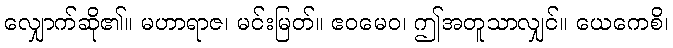
လျှောက်ဆို၏။ မဟာရာဇ၊ မင်းမြတ်။ ဧဝမေဝ၊ ဤအတူသာလျှင်။ ယေကေစိ၊